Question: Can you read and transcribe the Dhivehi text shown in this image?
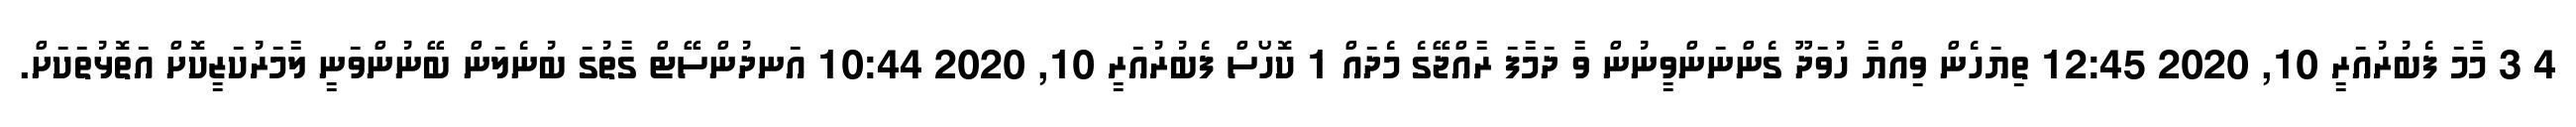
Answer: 4 3 މާމަ ފެބުރުއަރީ 10, 2020 12:45 ތިޔަހެން ވިއްޔާ ހުވަދޫ ގެންނަންވީނުން ވާ ދަމާފަ ރާއްޖޭގެ މެދައް 1 ކޮހޯސް ފެބުރުއަރީ 10, 2020 10:44 އަނދުންސޭޓް ގާތުގަ ބުނެލަން ބޭނުންވަނީ ލާމަރުކަޒީކޮށް އަތޮޅުތަކަށް.